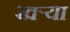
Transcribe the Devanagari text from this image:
खर्‍या